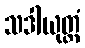
သဒါယုတ္တံ